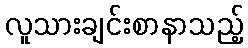
လူသားချင်းစာနာသည့်